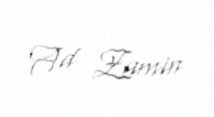
Ad Zamin